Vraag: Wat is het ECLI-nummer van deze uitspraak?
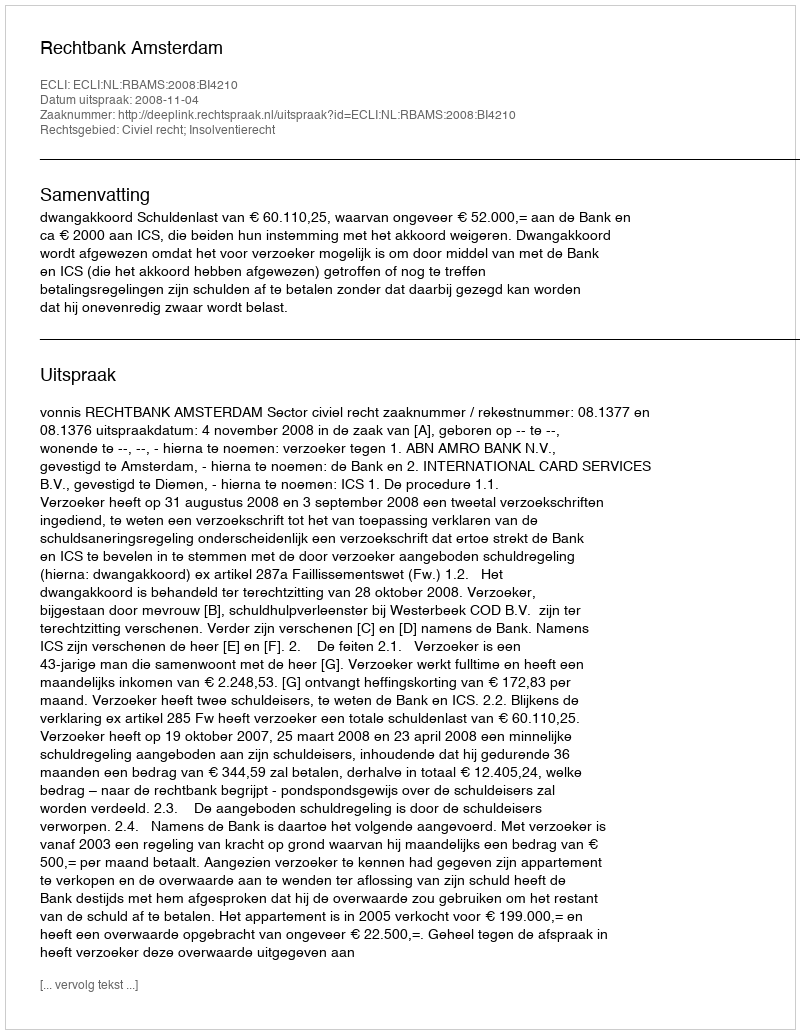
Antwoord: ECLI:NL:RBAMS:2008:BI4210